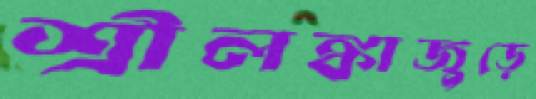
শ্রীলঙ্কাজুড়ে